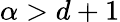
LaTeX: \alpha>d+1